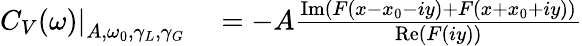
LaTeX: \begin{array}{rl}{\left.C_{V}(\omega)\right\vert_{A,\omega_{0},\gamma_{L},\gamma_{G}}}&{{}=-A\frac{\textrm{Im}(F(x-x_{0}-iy)+F(x+x_{0}+iy))}{\textrm{Re}(F(iy))}}\end{array}